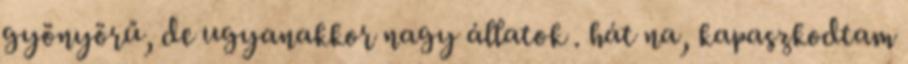
gyönyörű, de ugyanakkor nagy állatok . hát na, kapaszkodtam